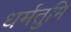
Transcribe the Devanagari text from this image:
धर्मतुमि